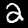
Digit: 2